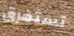
تستغرق